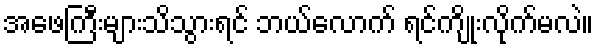
အဖေကြီးများသိသွားရင် ဘယ်လောက် ရင်ကျိုးလိုက်မလဲ။